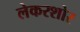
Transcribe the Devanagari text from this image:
लेकरशोर